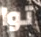
توا